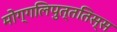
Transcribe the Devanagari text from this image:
मोग्गलिपुत्ततिस्स